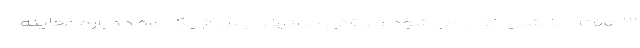
۳ هفته حالشان خوب می‌شود و وقتی ما آنها را پس از یک ماه دوباره معاینه